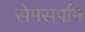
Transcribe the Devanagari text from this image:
सेमसपनि